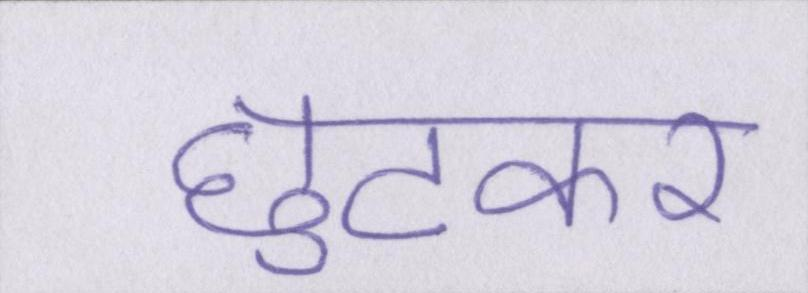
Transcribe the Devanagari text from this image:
छुटकर